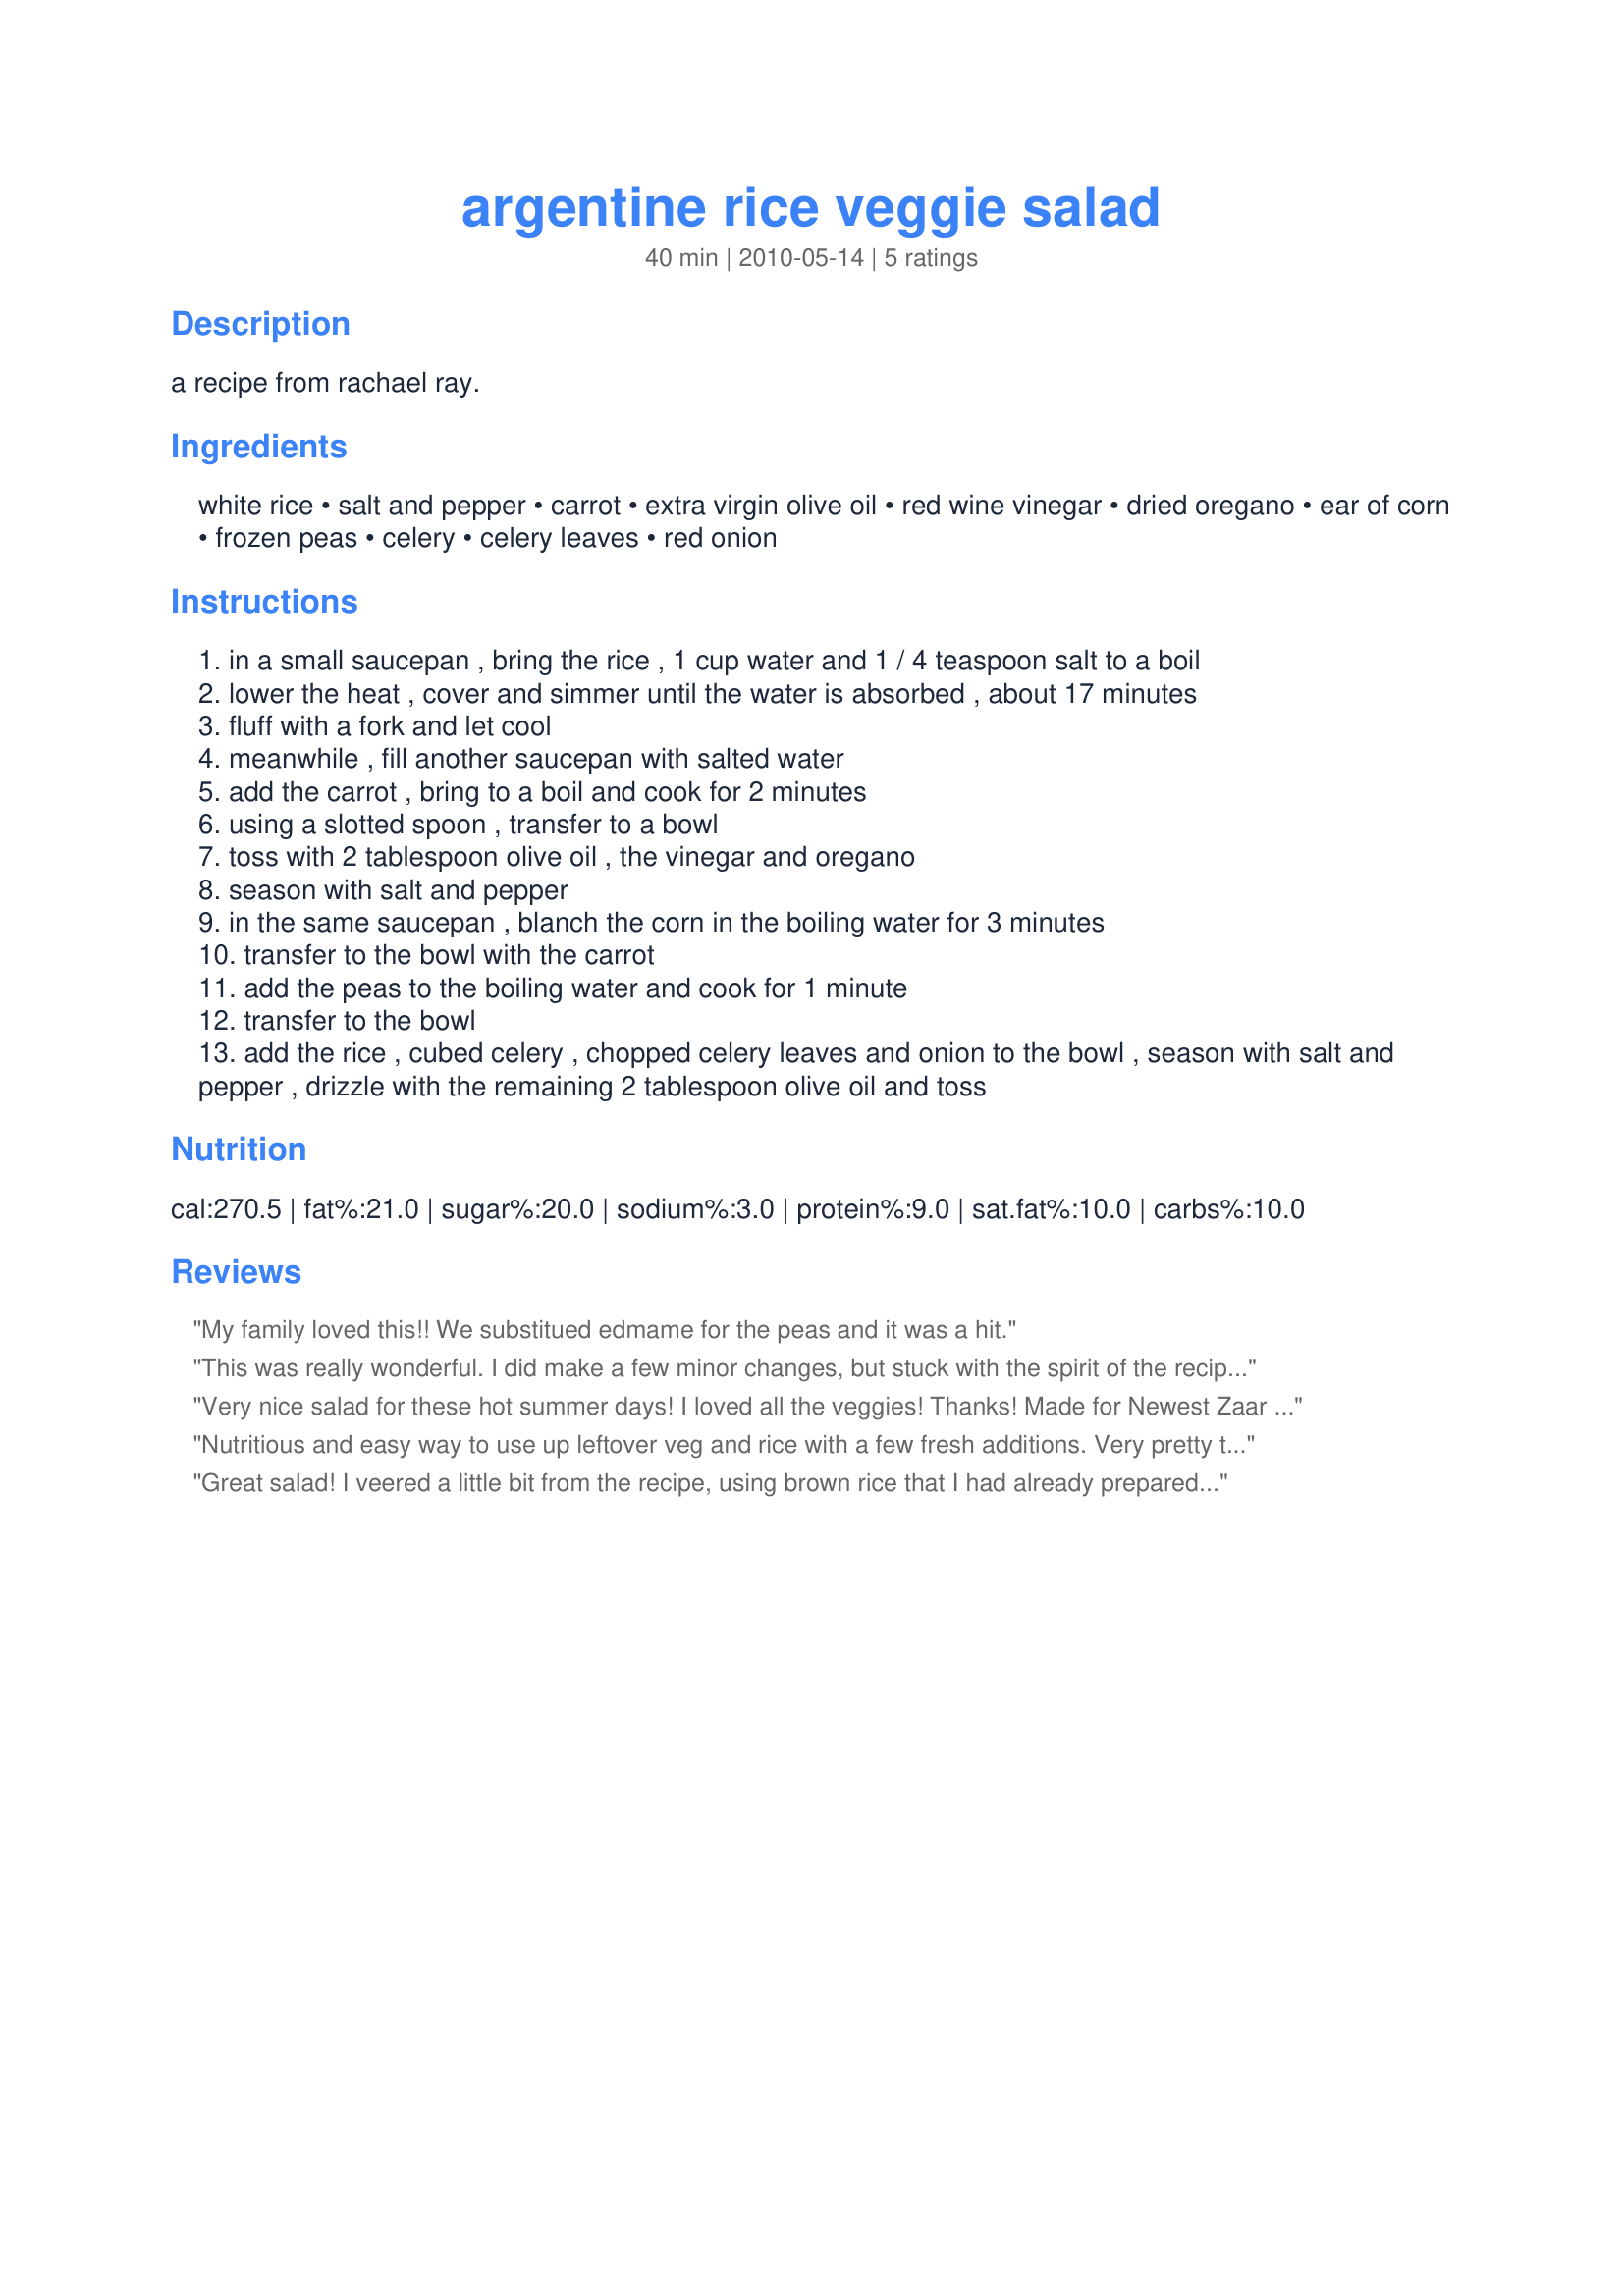
argentine rice veggie salad
Preparation time: 40 minutes

a recipe from rachael ray.

Ingredients:
white rice, salt and pepper, carrot, extra virgin olive oil, red wine vinegar, dried oregano, ear of corn, frozen peas, celery, celery leaves, red onion

Steps:
in a small saucepan , bring the rice , 1 cup water and 1 / 4 teaspoon salt to a boil
lower the heat , cover and simmer until the water is absorbed , about 17 minutes
fluff with a fork and let cool
meanwhile , fill another saucepan with salted water
add the carrot , bring to a boil and cook for 2 minutes
using a slotted spoon , transfer to a bowl
toss with 2 tablespoon olive oil , the vinegar and oregano
season with salt and pepper
in the same saucepan , blanch the corn in the boiling water for 3 minutes
transfer to the bowl with the carrot
add the peas to the boiling water and cook for 1 minute
transfer to the bowl
add the rice , cubed celery , chopped celery leaves and onion to the bowl , season with salt and pepper , drizzle with the remaining 2 tablespoon olive oil and toss

Reviews:
My family loved this!! We substitued edmame for the peas and it was a hit.
This was really wonderful. I did make a few minor changes, but stuck with the spirit of the recipe. I used one package of boil-a-bag brown rice. I also sauteed all of the veggies, since I'm not fond of boiled vegetable. I used frozen corn, peas & edamame, plus sweet white onion. I did leave out the celery too. But I stuck with the seasoning, using kosher salt, freshly cracked pepper and EVOO. Easy and healthy!
Very nice salad for these hot summer days! I loved all the veggies! Thanks! Made for Newest Zaar tag!
Nutritious and easy way to use up leftover veg and rice with a few fresh additions. Very pretty too in the bowl. It looks very festive in fact. We had it as our main without onion and I love the versatility of recipe. Made for Everyday is a Holiday.
Great salad! I veered a little bit from the recipe, using brown rice that I had already prepared. I also steamed the carrots, corn, and peas together in the microwave. Surprisingly, this salad had a lot of flavor and was delicious. It makes a lovely side dish. In order to make it a main dish and suitable for packing for my lunch, I later added some crumbled goat cheese. Really nice! Thanks for sharing. Made for ZWT7 by a Hot Pink Lady.
